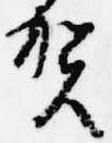
賀